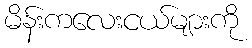
မိန်းကလေးငယ်များကို